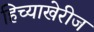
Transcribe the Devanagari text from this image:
हिच्याखेरीज